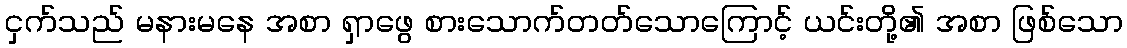
ငှက်သည် မနားမနေ အစာ ရှာဖွေ စားသောက်တတ်သောကြောင့် ယင်းတို့၏ အစာ ဖြစ်သော